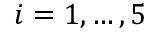
i = 1 , \ldots , 5